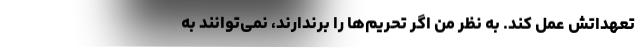
تعهداتش عمل کند. به نظر من اگر تحریم‌ها را برندارند، نمی‌توانند به